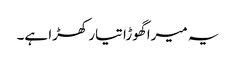
یہ میرا گھوڑا تیار کھڑا ہے۔